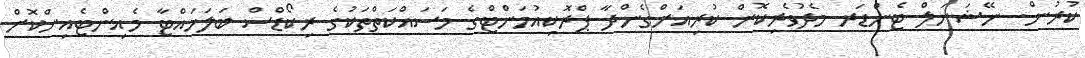
ކުރުން. ނޭޝަނަލް ޓެންޑަރ މެދުވެރިކޮށް ކުރިއަށްގެންދާ ޕްރޮކިއުމަންޓްގެ މަސައްކަތްތަކުގެ ރިކޯޑްސް ބަލަހައްޓާ މެއިންޓެއިންކޮށް